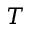
T